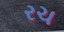
રચ